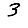
Digit: 3